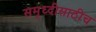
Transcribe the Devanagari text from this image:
समृध्दीसाठीच